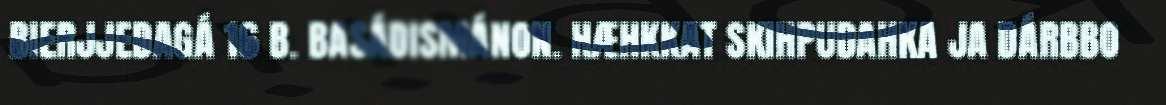
BIERJJEDAGÁ 16 B. BASÁDISMÁNON. HÆHKKAT SKIHPUDAHKA JA DÁRBBO